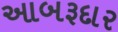
આબરૂદાર